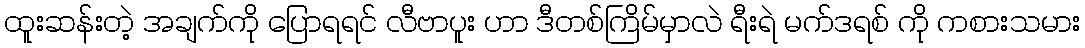
ထူးဆန်းတဲ့ အချက်ကို ပြောရရင် လီဗာပူး ဟာ ဒီတစ်ကြိမ်မှာလဲ ရီးရဲ မက်ဒရစ် ကို ကစားသမား